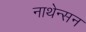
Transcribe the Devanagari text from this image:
नाथेन्सन